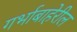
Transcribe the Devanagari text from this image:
गर्भाबाहेरील